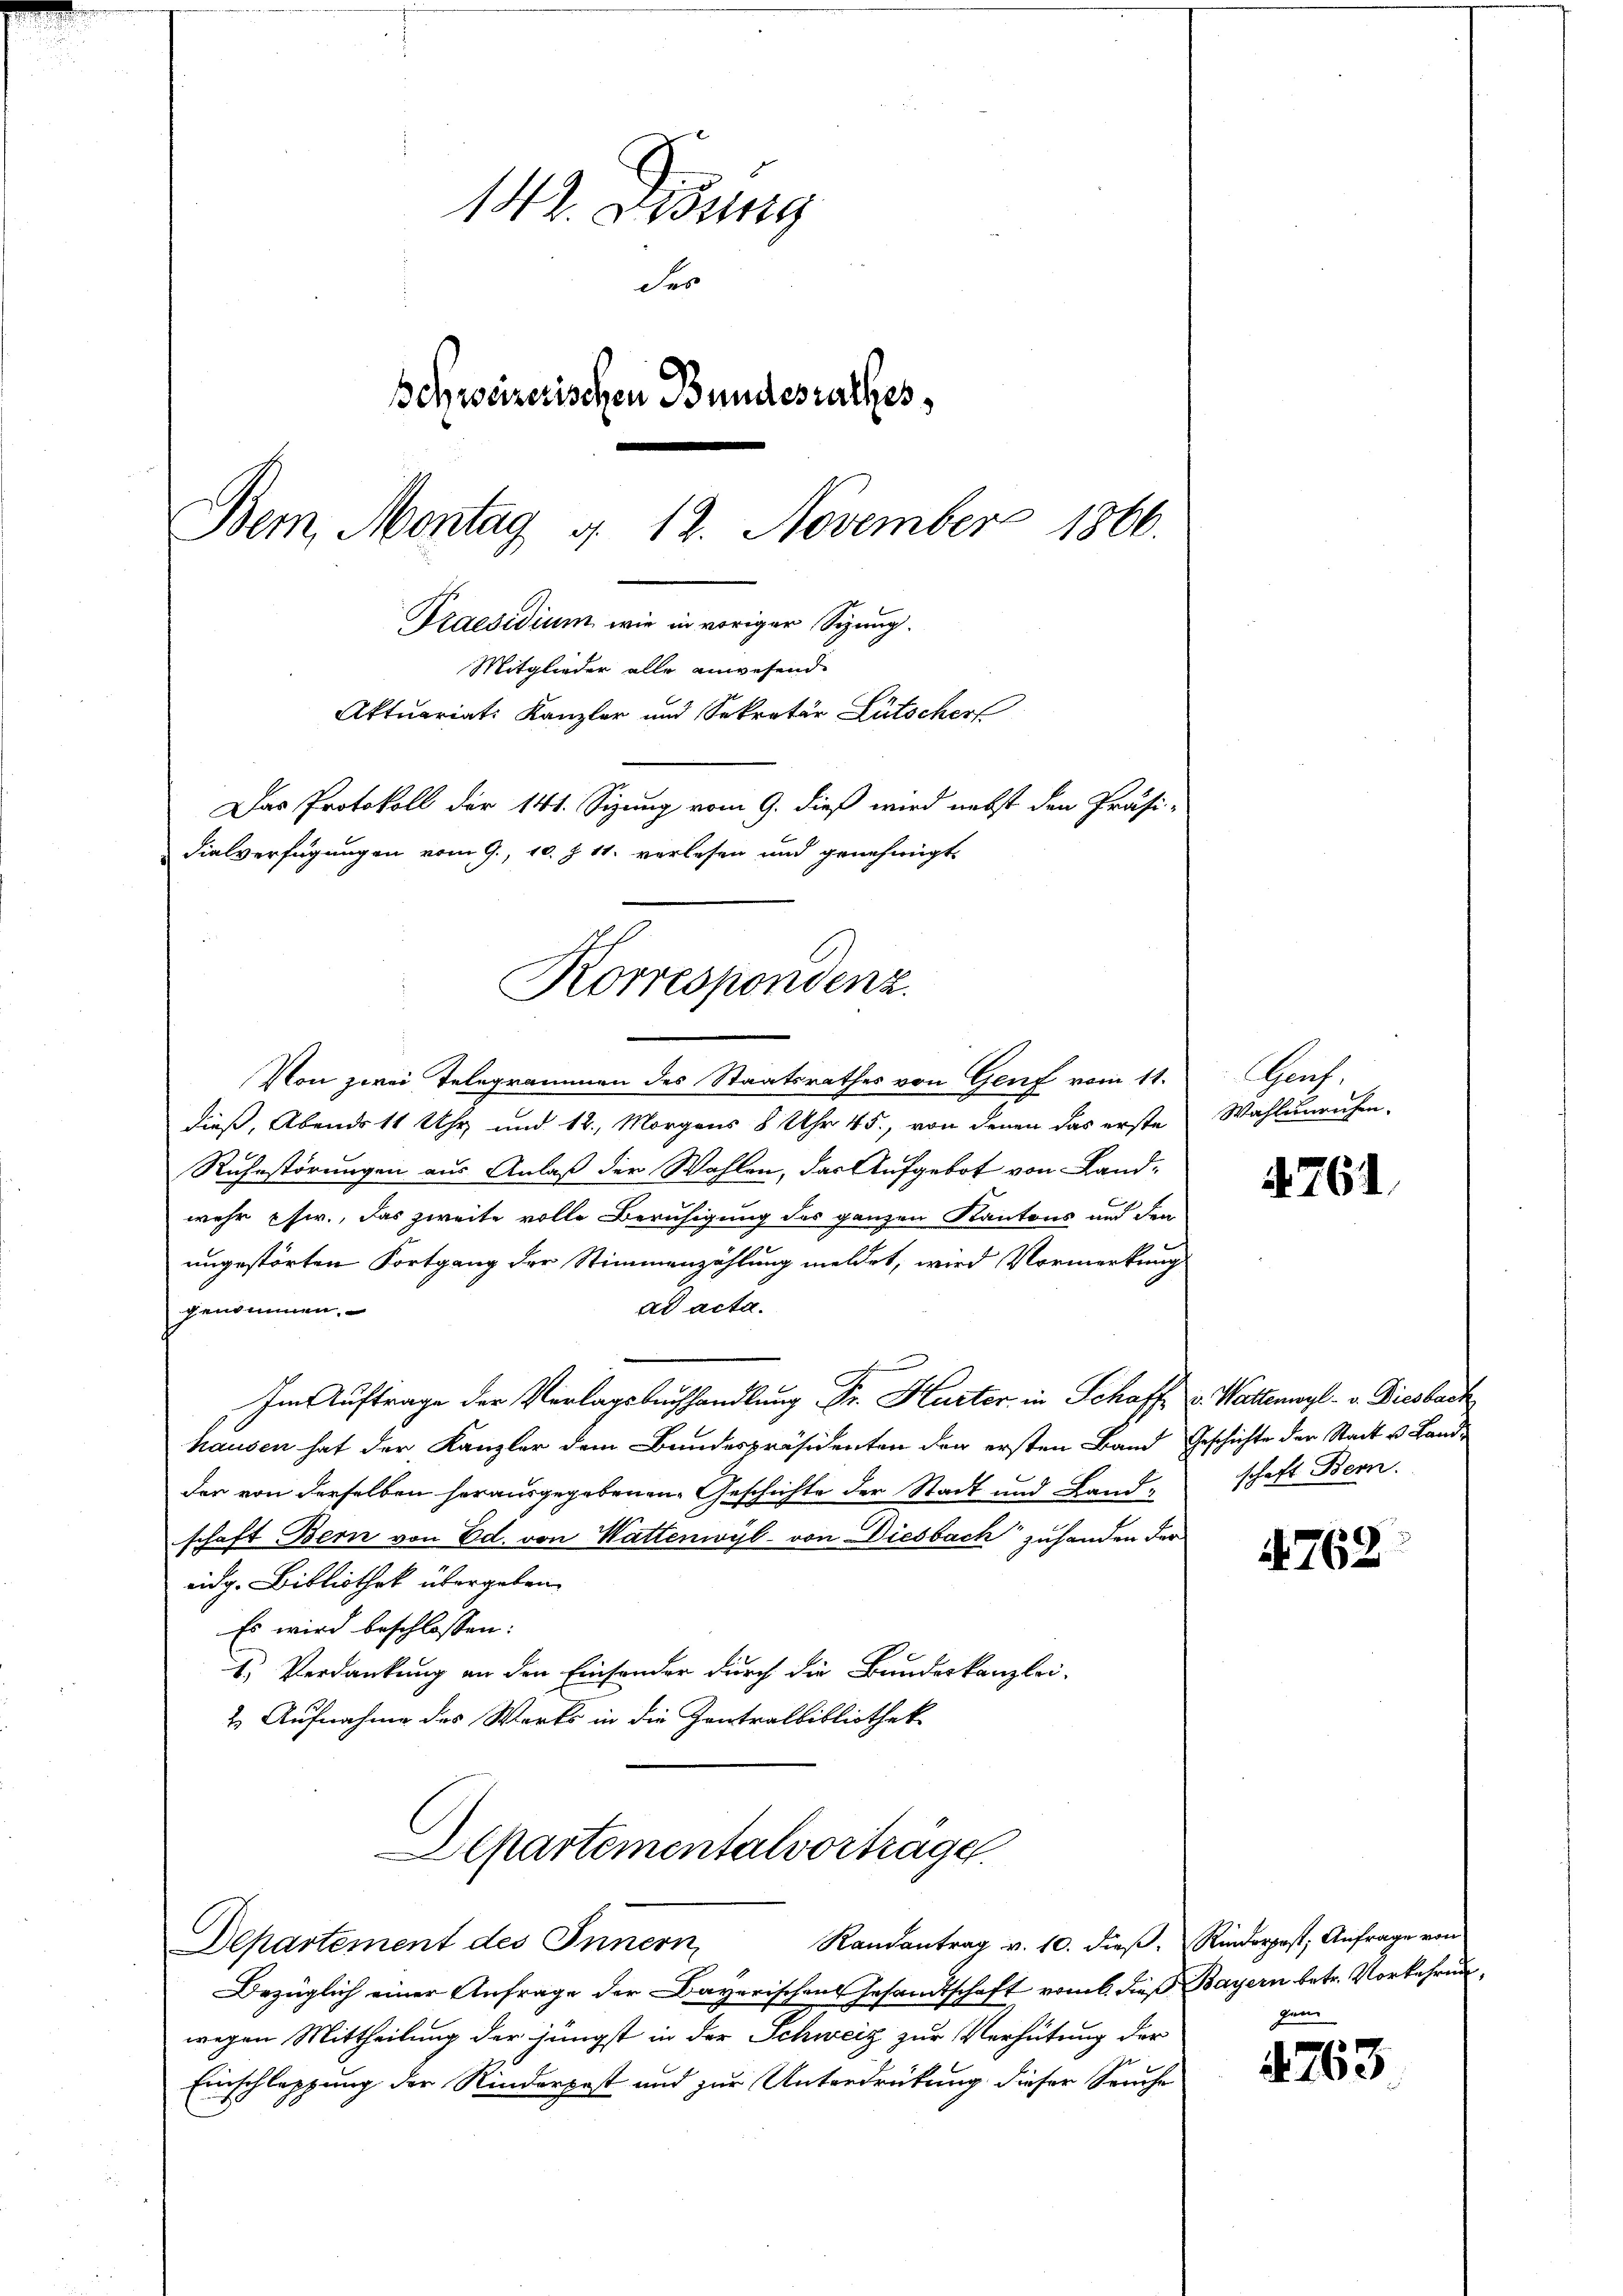
Korrespondenz.

142. Disung
Fer
schweizerischen Bundesrathes,
Bem, Montag 4. 12. November 1866.
Praesidium wie in voriger Sizung.
Mitglieder alle anwesend
Aktuariats Kanzler und Sekretär Lütscher
Das Protokoll der 141. Sizung vom 9. dieß wird nebst den Präsi-
dialverfügungen vom 9., 10. Z. 11. verlesen und genehmigt

Aepartementalvorträge
Departement des Innern

Von zwei Telegrammen des Staatsrathes von Genf vom 11.
dieß, Abends 11 Uhr und 12. Morgens 8 Uhr 45, von denen das erste
Ruhestörungen aus Anlaß der Wahlen, das Aufgebot von Land-
wehr usw., das zweite volle Beruhigung des ganzen Kantons und den
ungestörten Fortgang der Stimmenzählung meldet, wird Vormerkung
ad acta.
genommen.
Im Auftrage der Verlagsbuchhandlung Dr. Hurter in Schaff v. Walteral - v. Diesbach
hausen hat der Kanzler dem Bundespräsidenten der ersten Band Geschichte der Stadt u. Landder von derselben herausgegebenen Geschichte der Stadt und Lands
schaft Bern von Ed. von Wattenwyl von Diesbach zuhanden der
eidg. Bibliothek übergeben.
Es wird beschlossen:
1.) Verdankung an den Einsonder durch die Bundeskanzlei-
2. Aufnahme des Werts in die Zentralbibliothek

Bezüglich einer Anfrage der Bayerischen Gesandtschaft vom 6. dieß Bayern betr. Vorkehrunwegen Mittheilung der jüngst in der Schweiz zur Verhütung der
Einschleppung der Rinderpost und zur Unterdrückung dieser Seuche

Chof.
Wahlunruhen.

4761

schaft Bern.

762

Randantrag v. 10. dieß. Rinderpest, Anfrage von
gen

1763